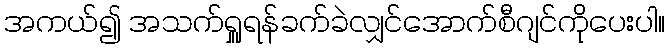
အကယ်၍ အသက်ရှူရန်ခက်ခဲလျှင်အောက်စီဂျင်ကိုပေးပါ။